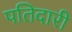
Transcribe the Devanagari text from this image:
पतिदारी